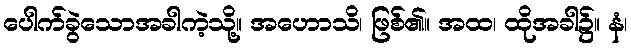
ပေါက်ခွဲသောအခါကဲ့သို့။ အဟောသိ၊ ဖြစ်၏။ အထ၊ ထိုအခါ၌။ နံ၊